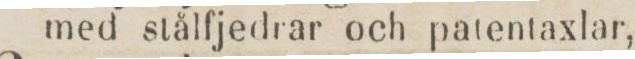
med stålfjedrar och patentaxlar,